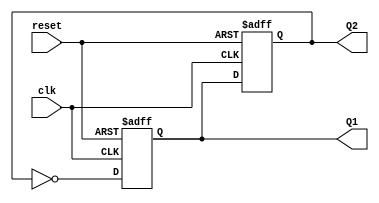
module dual_stage_johnson_counter (
    input wire clk,       // Clock input
    input wire reset,     // Asynchronous reset input
    output reg Q1,        // Output of the first flip-flop
    output reg Q2         // Output of the second flip-flop
);

// Sequential logic for dual-stage Johnson counter
always @(posedge clk or posedge reset) begin
    if (reset) begin
        // Asynchronous reset
        Q1 <= 1'b0;
        Q2 <= 1'b0;
    end else begin
        // Johnson counter logic
        Q1 <= ~Q2;     // Input of the first flip-flop is inverted output of the second
        Q2 <= Q1;      // Output of the first flip-flop feeds into the second flip-flop
    end
end

endmodule